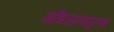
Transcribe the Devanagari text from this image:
आभिजात्यसुलभ